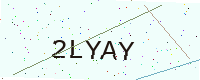
Text: 2LYAY